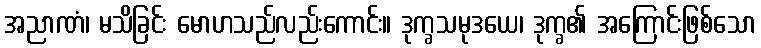
အညာဏံ၊ မသိခြင်း မောဟသည်လည်းကောင်း။ ဒုက္ခသမုဒယေ၊ ဒုက္ခ၏ အကြောင်းဖြစ်သော